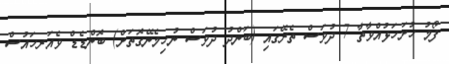
ފޯމު ހުށަހަޅުއްވާތާ 7 ދުވަސް ތެރޭގައި (ބަންދު ދުވަސް ނުހިމެނޭގޮތަށް) ބޮންޑެޑް ވެއަރހައުސް